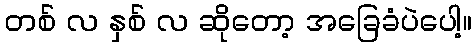
တစ် လ နှစ် လ ဆိုတော့ အခြေခံပဲပေါ့။